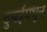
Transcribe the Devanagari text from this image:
दुबईमधून